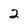
Character: 2